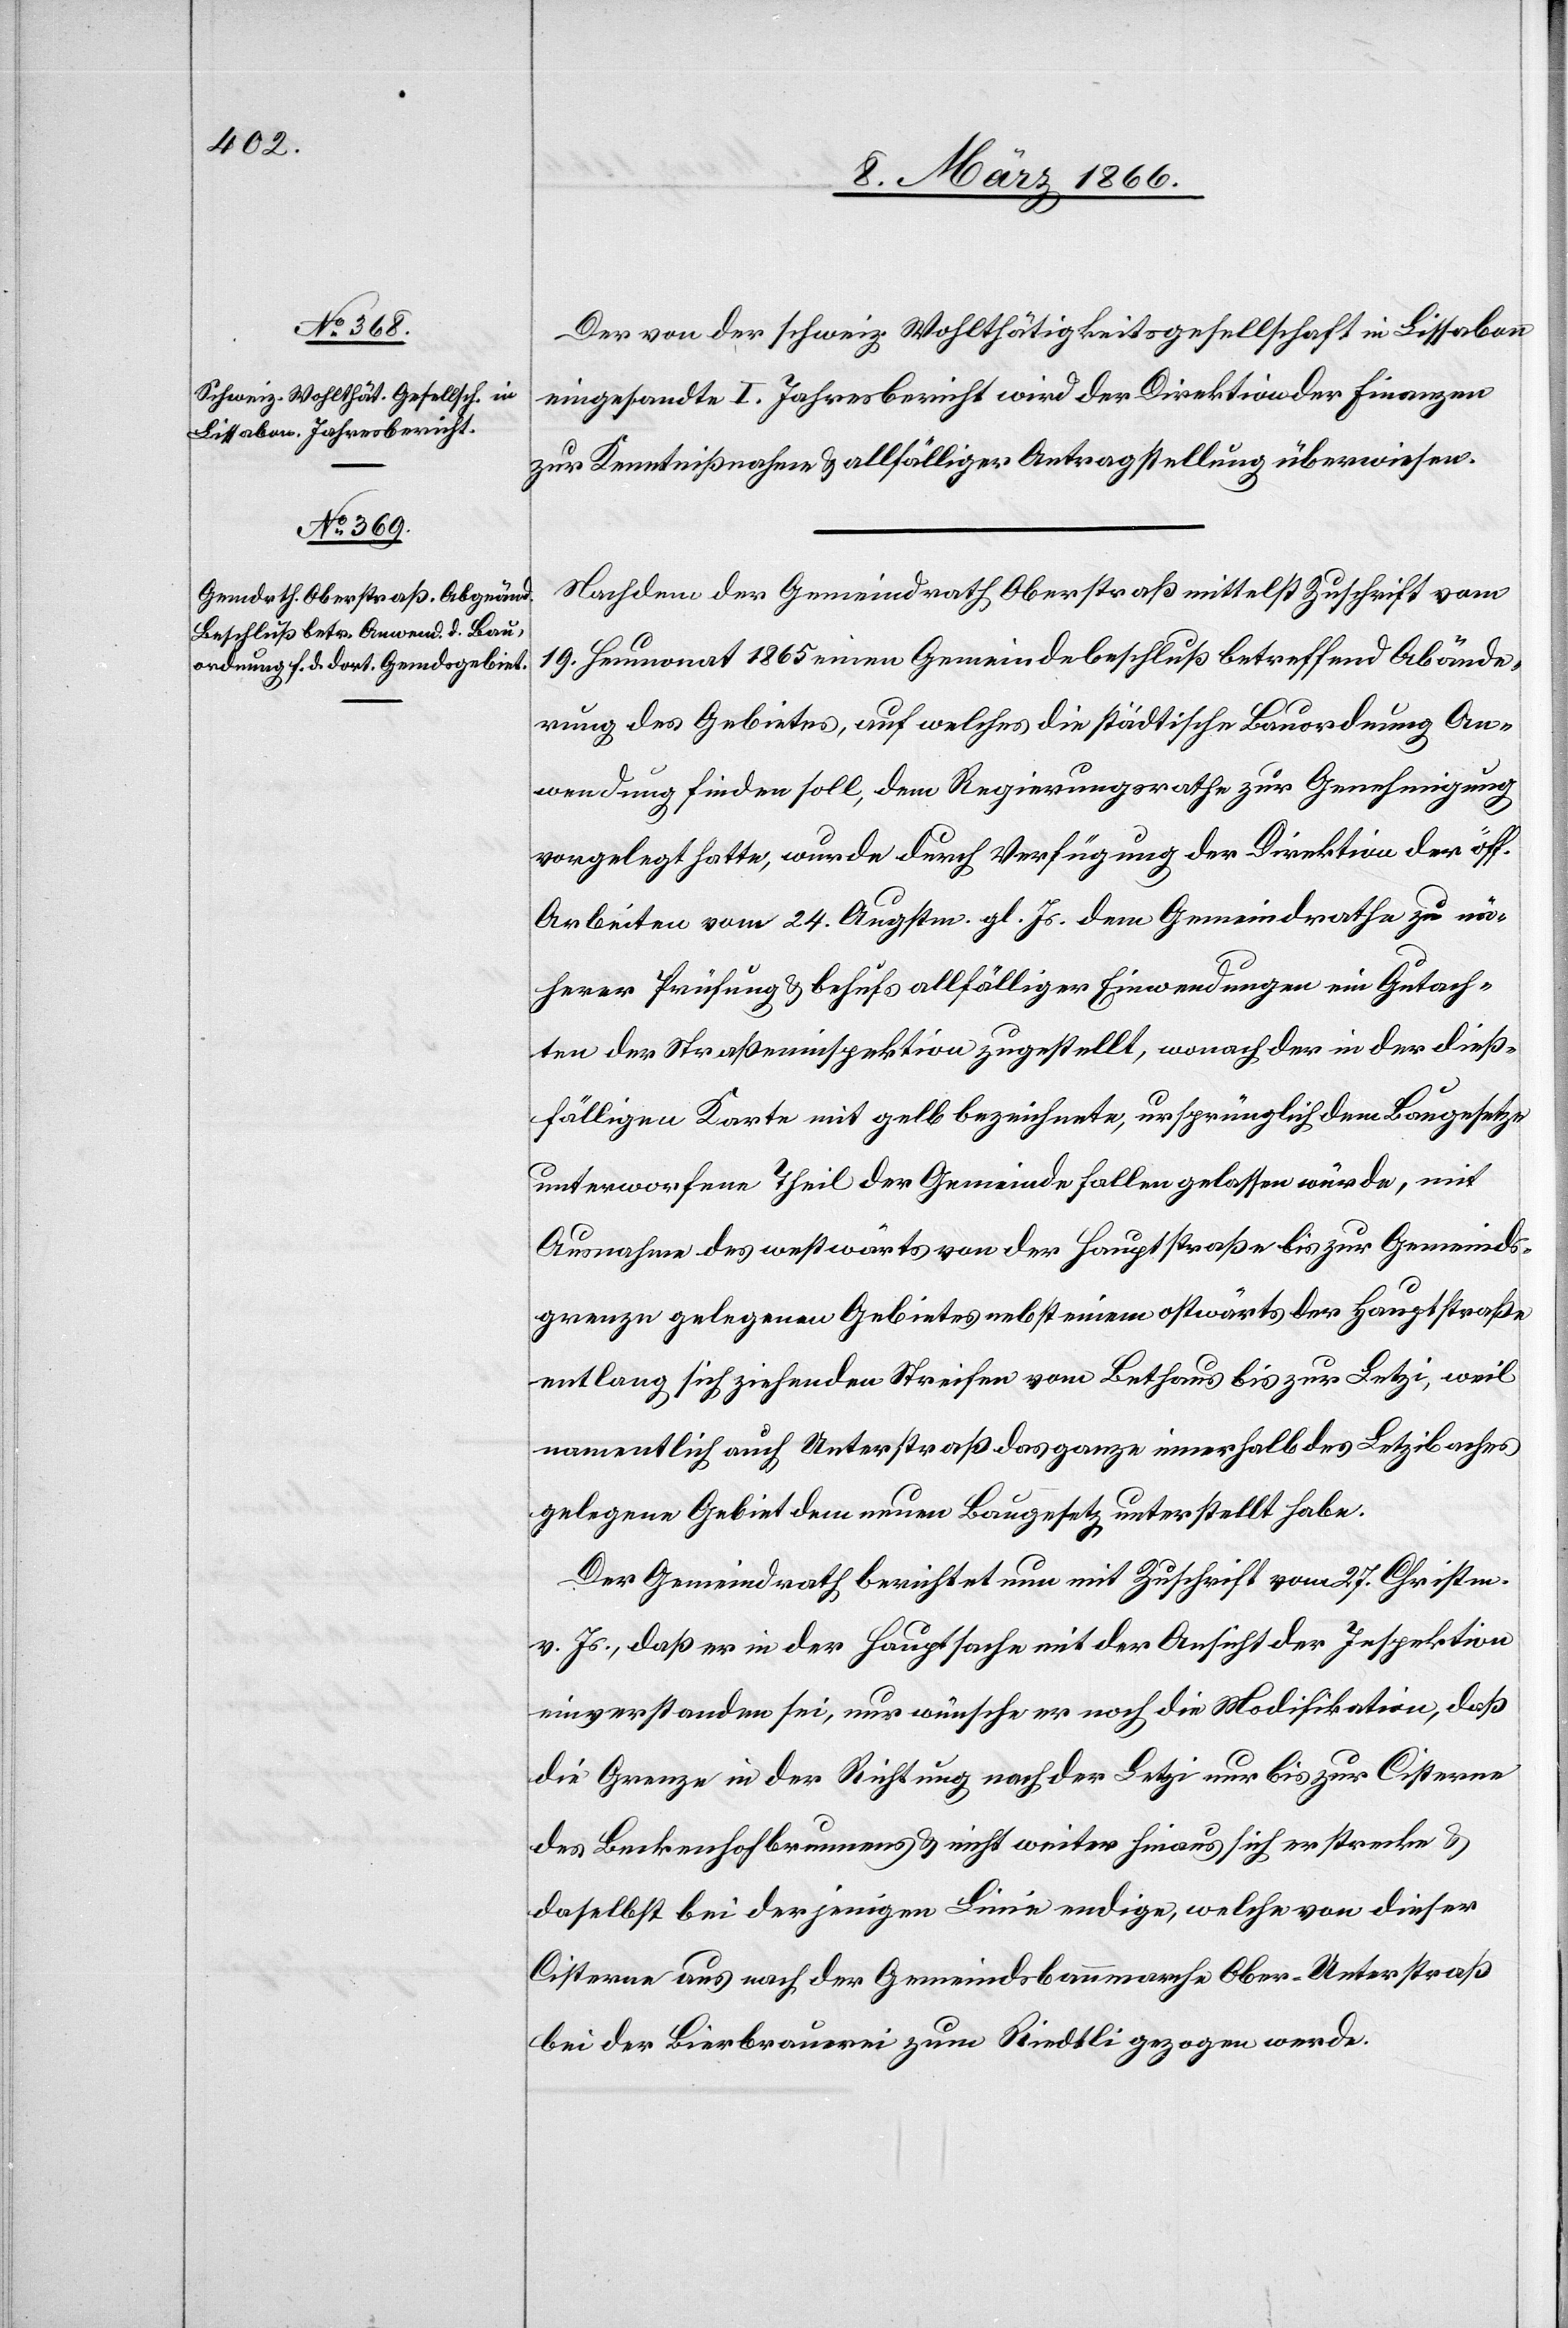
Der von der schweiz. Wohltätigkeitsgesellschaft in Lissabon
eingesandte I. Jahresbericht wird der Direktion der Finanzen
zur Kenntnißnahme u. allfälliger Antragstellung überwiesen.
Nachdem der Gemeindrath Oberstraß mittelst Zuschrift vom
19. Heumonat 1865 einen Gemeindebeschluß betreffend Abände¬
rung des Gebietes, auf welches die städtische Bauordnung An¬
wendung finden soll, dem Regierungsrathe zur Genehmigung
vorgelegt hatte, wurde durch Verfügung der Direktion der öff.
Arbeiten vom 24. Augstm. gl. Js. dem Gemeindrathe zu nä¬
herer Prüfung u. behufs allfälliger Einwendungen ein Gutach¬
ten der Straßeninspektion zugestellt, wonach der in der dieß¬
fälligen Karte mit gelb bezeichnete, ursprünglich dem Banngesetze
unterworfene Theil der Gemeinde fallen gelassen würde, mit
Ausnahme des westwärts von der Hauptstraße bis zur Gemeinds¬
grenze gelegenen Gebietes nebst einem ostwärts der Hauptstraße
entlang sich ziehenden Streifen vom Bethaus bis zur Letzi, weil
namentlich auch Unterstraß das ganze innerhalb des Letzibaches
gelegene Gebiet dem neuen Baugesetz unterstellt habe.
Der Gemeindrath berichtet nun mit Zuschrift vom 27. Christm.
v. Js., daß er in der Hauptsache mit der Ansicht der Inspektion
einverstanden sei, nur wünsche er noch die Modifikation, daß
die Grenze in der Richtung nach der Letzi nur bis zur Cisterne
des Beckenhofbrunnens u. nicht weiter hinaus sich erstrecke u.
daselbst bei derjenigen Linie endige, welche von dieser
Cisterne aus nach der Gemeindsbannmarche Ober-Unterstraß
bei der Bierbrauerei zum Riedtli gezogen werde